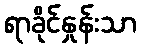
ရာခိုင်နှုန်းသာ